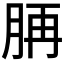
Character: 𦛍